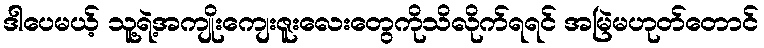
ဒါပေမယ့် သူ့ရဲ့အကျိုးကျေးဇူးလေးတွေကိုသိလိုက်ရရင် အမြဲမဟုတ်တောင်